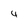
Character: 4